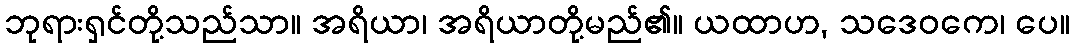
ဘုရားရှင်တို့သည်သာ။ အရိယာ၊ အရိယာတို့မည်၏။ ယထာဟ, သဒေဝကေ၊ ပေ။